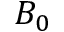
B _ { 0 }